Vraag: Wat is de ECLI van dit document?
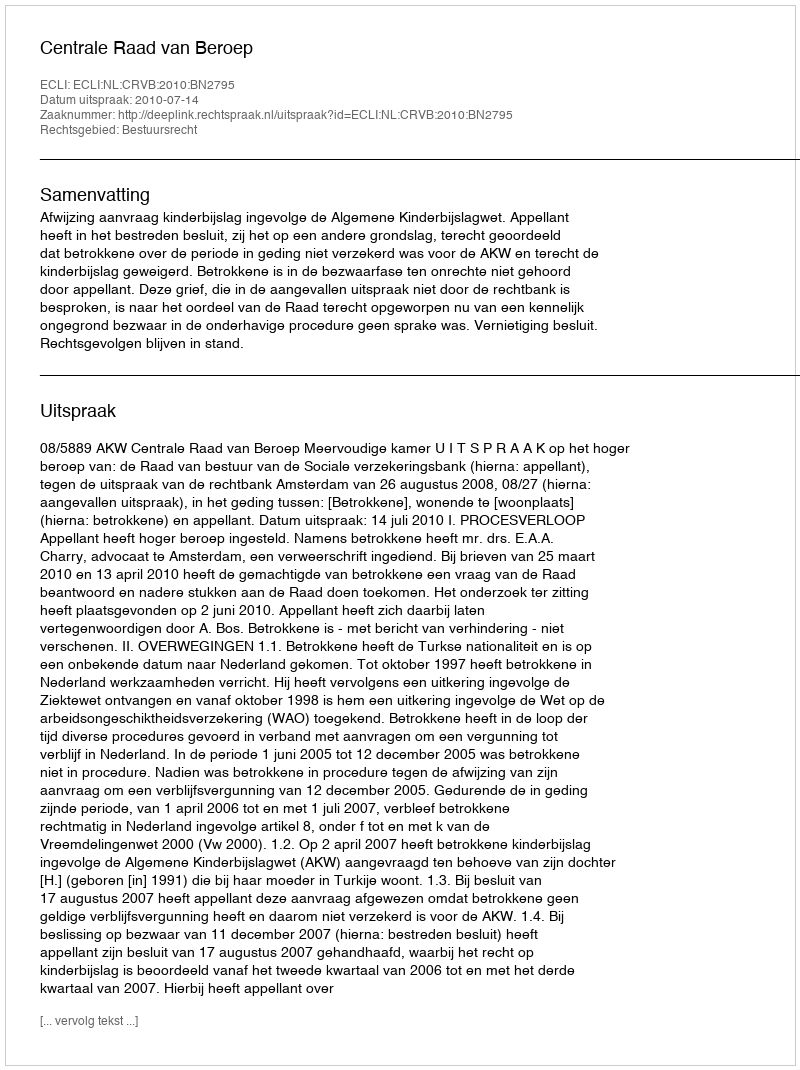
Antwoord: ECLI:NL:CRVB:2010:BN2795